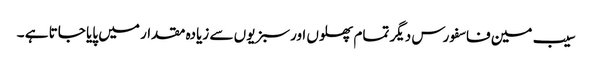
سیب مین فاسفورس دیگر تمام پھلوں اورسبزیوں سے زیادہ مقدار میں پایا جاتا ہے ۔